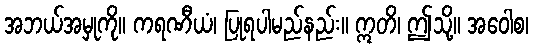
အဘယ်အမှုကို။ ကရဏီယံ၊ ပြုရပါမည်နည်း။ ဣတိ၊ ဤသို့။ အဝေါစ၊